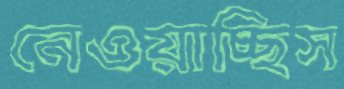
নেওয়াচ্ছিস